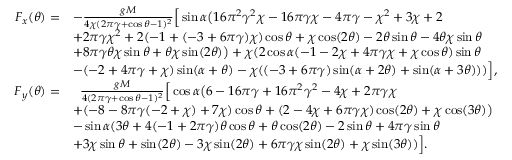
\begin{array} { r l } { F _ { x } ( \theta ) = } & { - \frac { g M } { 4 \chi ( 2 \pi \gamma + \cos \theta - 1 ) ^ { 2 } } \Big [ \sin \alpha \big ( 1 6 \pi ^ { 2 } \gamma ^ { 2 } \chi - 1 6 \pi \gamma \chi - 4 \pi \gamma - \chi ^ { 2 } + 3 \chi + 2 } \\ & { + 2 \pi \gamma \chi ^ { 2 } + 2 ( - 1 + ( - 3 + 6 \pi \gamma ) \chi ) \cos \theta + \chi \cos ( 2 \theta ) - 2 \theta \sin \theta - 4 \theta \chi \sin \theta } \\ & { + 8 \pi \gamma \theta \chi \sin \theta + \theta \chi \sin ( 2 \theta ) \big ) + \chi ( 2 \cos \alpha ( - 1 - 2 \chi + 4 \pi \gamma \chi + \chi \cos \theta ) \sin \theta } \\ & { - ( - 2 + 4 \pi \gamma + \chi ) \sin ( \alpha + \theta ) - \chi ( ( - 3 + 6 \pi \gamma ) \sin ( \alpha + 2 \theta ) + \sin ( \alpha + 3 \theta ) ) ) \Big ] , } \\ { F _ { y } ( \theta ) = } & { \; \; \frac { g M } { 4 ( 2 \pi \gamma + \cos \theta - 1 ) ^ { 2 } } \Big [ \cos \alpha \big ( 6 - 1 6 \pi \gamma + 1 6 \pi ^ { 2 } \gamma ^ { 2 } - 4 \chi + 2 \pi \gamma \chi } \\ & { + ( - 8 - 8 \pi \gamma ( - 2 + \chi ) + 7 \chi ) \cos \theta + ( 2 - 4 \chi + 6 \pi \gamma \chi ) \cos ( 2 \theta ) + \chi \cos ( 3 \theta ) \big ) } \\ & { - \sin \alpha ( 3 \theta + 4 ( - 1 + 2 \pi \gamma ) \theta \cos \theta + \theta \cos ( 2 \theta ) - 2 \sin \theta + 4 \pi \gamma \sin \theta } \\ & { + 3 \chi \sin \theta + \sin ( 2 \theta ) - 3 \chi \sin ( 2 \theta ) + 6 \pi \gamma \chi \sin ( 2 \theta ) + \chi \sin ( 3 \theta ) ) \Big ] . } \end{array}